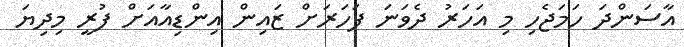
އާސަންދަ ހަމަޖެހި މި އަހަރު ދެވަނަ ފަހަރަށް ޒައިން އިންޑިއާއަށް ފުރީ މިދިޔަ